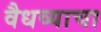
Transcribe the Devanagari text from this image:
वैधव्याचा